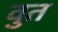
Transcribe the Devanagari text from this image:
वुत